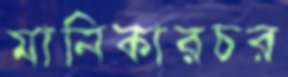
মানিকারচর